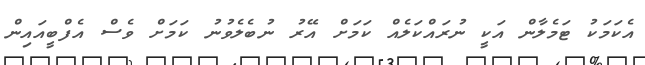
އެކަމަކު ޓަމެލާން އަކީ ނުރައްކަލެއް ކަމަށް އޭރު ނުބެލެވުނު ކަމަށް ވެސް އެފްބީއައިން